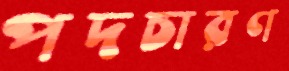
পদচারণ